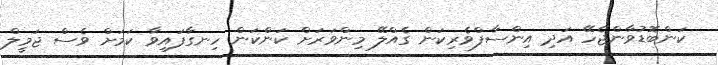
ކަންބޮޑުވާންޖެހޭ އަދި އިންސާފްވެރިކަން ގެއްލޭ މިންވަރަށް ކަންކަން ހިނގާފައިވާ ކަމަށް ވެސް ޖަމީލް